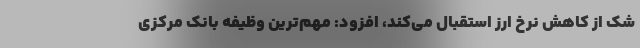
شک از کاهش نرخ ارز استقبال می‌کند، افزود: مهم‌ترین وظیفه بانک مرکزی